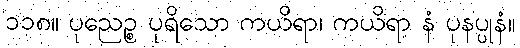
၁၁၈။ ပုညေဉ္စ ပုရိသော ကယိရာ၊ ကယိရာ နံ ပုနပ္ပုနံ။